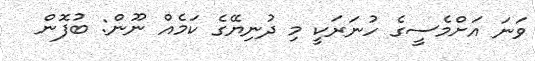
ވަނަ އަށްމެސީގެ ހުނަރަކީ މި ދުނިޔޭގެ ކަމެއް ނޫން: ބުފޮން